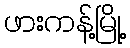
ဖားကန့်မြို့